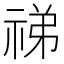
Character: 祶